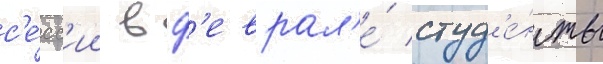
с'е́сс'ии в ф'еврал'е́ студ'е́нты